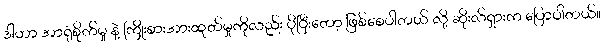
ဒါဟာ အာရုံစိုက်မှု နဲ့ ကြိုးစားအားထုတ်မှုကိုလည်း ပိုပြီးတော့ ဖြစ်စေပါတယ် လို့ ဆိုးလ်ရှားက ပြောပါတယ်။